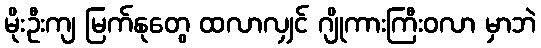
မိုးဦးကျ မြက်နုတွေ ထလာလျှင် ဂျိုကားကြီးဝလာ မှာဘဲ